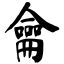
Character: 龠